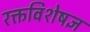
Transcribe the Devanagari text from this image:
रक्तविशेषज्ञ